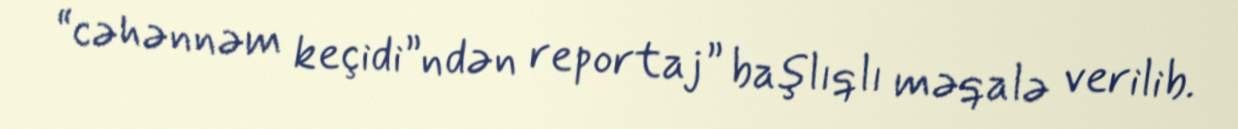
“cəhənnəm keçidi”ndən reportaj” başlıqlı məqalə verilib.